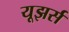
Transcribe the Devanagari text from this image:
यूझर्स